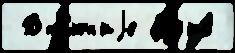
 Вн'е́шн'иjе а́уд'ио